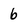
Character: b